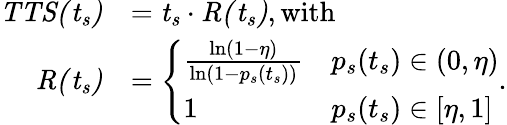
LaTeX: \begin{array}{rl}{\mathit{TTS(t_{s})}}&{=\mathit{t_{s}}\cdot\mathit{R(t_{s})},\mathrm{with}}\\ {\mathit{R(t_{s})}}&{=\left\{ \begin{array}{ll}{\frac{\ln(1-\eta)}{\ln(1-p_{s}(t_{s}))}}&{p_{s}(t_{s})\in(0,\eta)}\\ {1}&{p_{s}(t_{s})\in[\eta,1]}\end{array}\right..}\end{array}